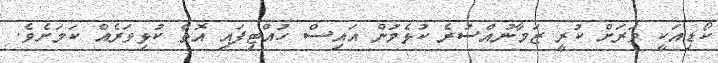
ކޯޑިއަކީ ވަރަށް ކުރީ ޒަމާނުއްސުރެ ކުޅެމުން އައިސް ހުއްޓިފައި އޮތް ކުޅިވަރެއް ކަމަށެވެ.